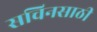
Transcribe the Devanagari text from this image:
सचिनसाठी